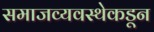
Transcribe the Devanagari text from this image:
समाजव्यवस्थेकडून